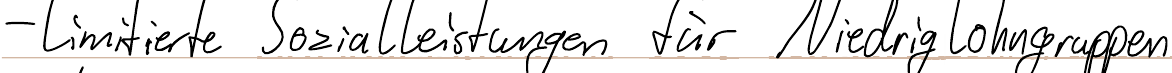
- limitierte Sozialleistungen für Niedriglohngruppen